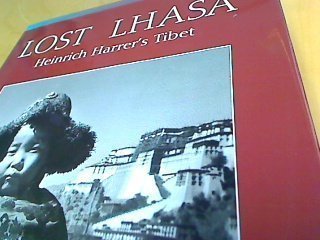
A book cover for Lost Lhasa: Heinrich Harrer's Tibet; Heinrich Harrer; Travel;